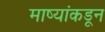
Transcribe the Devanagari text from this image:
माष्यांकडून